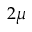
2 \mu